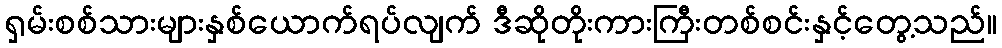
ရှမ်းစစ်သားများနှစ်ယောက်ရပ်လျက် ဒီဆိုတိုးကားကြီးတစ်စင်းနှင့်တွေ့သည်။